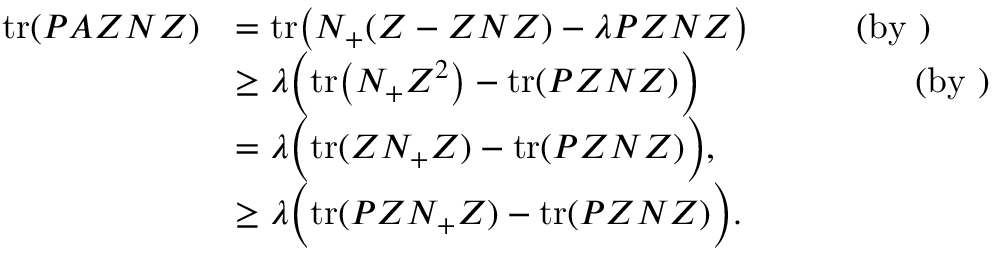
\begin{array} { r l } { \mathrm { t r } ( P A Z N Z ) } & { = \mathrm { t r } \big ( N _ { + } ( Z - Z N Z ) - \lambda P Z N Z \big ) \quad \qquad ( \mathrm { b y ~ } ) } \\ & { \geq \lambda \Big ( \mathrm { t r } \big ( N _ { + } Z ^ { 2 } \big ) - \mathrm { t r } ( P Z N Z ) \Big ) \quad \qquad \qquad \quad ( \mathrm { b y ~ } ) } \\ & { = \lambda \Big ( \mathrm { t r } ( Z N _ { + } Z ) - \mathrm { t r } ( P Z N Z ) \Big ) , } \\ & { \geq \lambda \Big ( \mathrm { t r } ( P Z N _ { + } Z ) - \mathrm { t r } ( P Z N Z ) \Big ) . } \end{array}